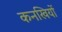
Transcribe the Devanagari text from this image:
कनखियों